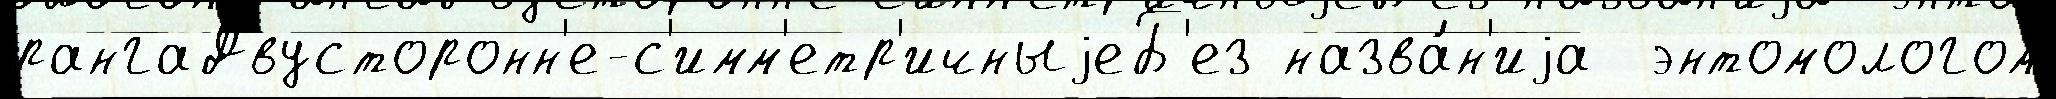
рангаДвусторонн'е-с'имм'етр'ичныjеБ'ез назва́н'иjа  энтомологом